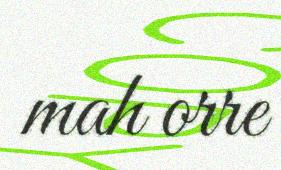
mah orre